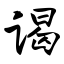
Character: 谒